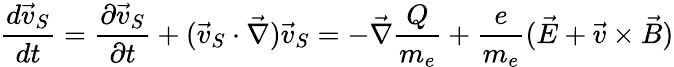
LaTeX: \frac{d\vec{v}_{S}}{dt}=\frac{\partial\vec{v}_{S}}{\partial t}+(\vec{v}_{S}\cdot\vec{\nabla})\vec{v}_{S}=-\vec{\nabla}\frac{Q}{m_{e}}+\frac{e}{m_{e}}(\vec{E}+\vec{v}\times\vec{B})